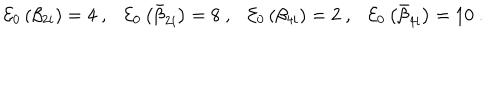
{ \cal E } _ { 0 } \left( \beta _ { 2 i } \right) = 4 ~ , { \cal E } _ { 0 } \left( \bar { \beta } _ { 2 i } \right) = 8 ~ , { \cal E } _ { 0 } \left( \beta _ { 4 i } \right) = 2 ~ , { \cal E } _ { 0 } \left( \bar { \beta } _ { 4 i } \right) = 1 0 ~ .